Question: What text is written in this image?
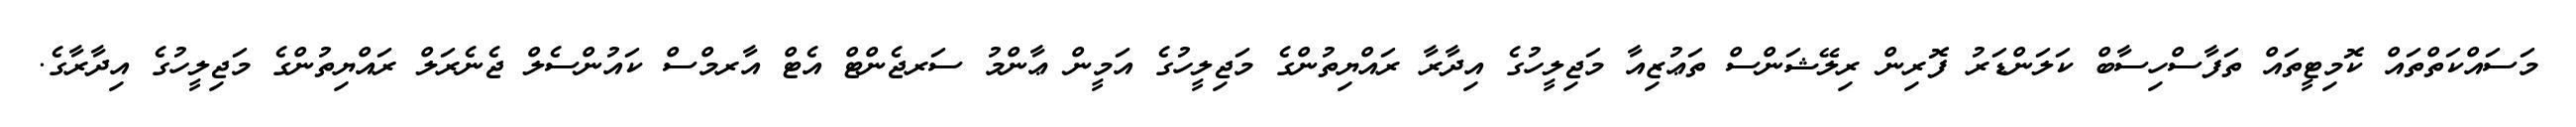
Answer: މަސައްކަތްތައް ކޮމިޓީތައް ތަފާސްހިސާބް ކަލަންޑަރު ފޮރިން ރިލޭޝަންސް ތަޢުޒިއާ މަޖިލީހުގެ އިދާރާ ރައްޔިތުންގެ މަޖިލީހުގެ އަމީން ޢާންމު ސަރޖެންޓް އެޓް އާރމްސް ކައުންސެލް ޖެނެރަލް ރައްޔިތުންގެ މަޖިލީހުގެ އިދާރާގެ.